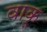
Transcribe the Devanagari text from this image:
वाकू